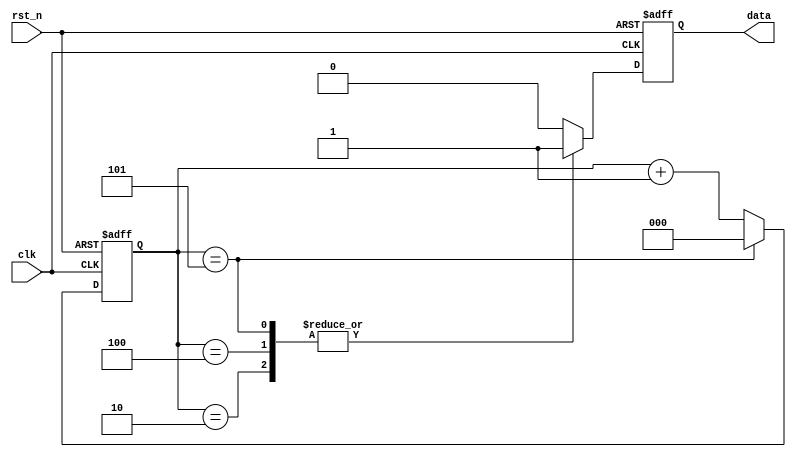
module sequence_generator_cnt (
	input clk,    // Clock
	input rst_n,  // Asynchronous reset active low
	
	output reg data
);
	reg [2 : 0] cnt ;

	always @(posedge clk or negedge rst_n) begin
		if (rst_n == 1'b0) begin
			cnt <= 3'b000 ;
		end
		else if (cnt == 3'b101) begin
			cnt <= 3'b000 ;
		end else begin
			cnt <= cnt + 1'b1 ;
		end
	end

	always @(posedge clk or negedge rst_n) begin
		if (rst_n == 1'b0) begin
			data <= 1'b0 ;
		end
		else begin
			case (cnt)
				3'b000: data <= 1'b0 ;
				3'b001: data <= 1'b0 ;
				3'b010: data <= 1'b1 ;
				3'b011: data <= 1'b0 ;
				3'b100: data <= 1'b1 ;
				3'b101: data <= 1'b1 ;
				default : data <= 1'b0;
			endcase
		end
	end

endmodule